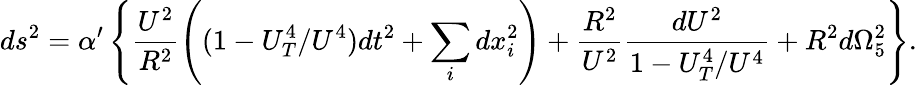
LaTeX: ds^{2}=\alpha^{\prime}\left\{ \frac{U^{2}}{R^{2}}\left((1-U_{T}^{4}/U^{4})dt^{2}+\sum_{i}dx_{i}^{2}\right)+\frac{R^{2}}{U^{2}}\frac{dU^{2}}{1-U_{T}^{4}/U^{4}}+R^{2}d\Omega_{5}^{2}\right\} .